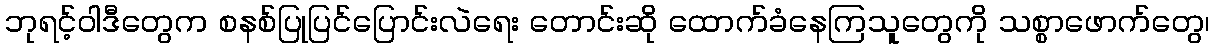
ဘုရင့်ဝါဒီတွေက စနစ်ပြုပြင်ပြောင်းလဲရေး တောင်းဆို ထောက်ခံနေကြသူတွေကို သစ္စာဖောက်တွေ၊